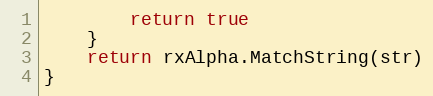
Language: Go
		return true
	}
	return rxAlpha.MatchString(str)
}